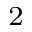
^ 2